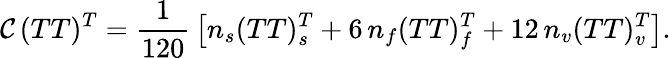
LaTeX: \mathcal{C}\, (TT)^{T}={\frac{{1}}{{120}}}\left[n_{s}(TT)_{s}^{T}+6\, n_{f}(TT)_{f}^{T}+12\, n_{v}(TT)_{v}^{T}\right].